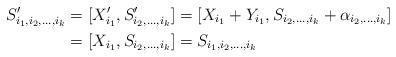
LaTeX: \begin{align*} S'_{i_1, i_2,\dots,i_k}&= [X'_{i_1}, S'_{i_2,\dots,i_k}] = [X_{i_1}+ Y_{i_1}, S_{i_2,\dots,i_k} + \alpha_{i_2,\dots,i_k}]\\ & = [X_{i_1}, S_{i_2,\dots,i_k} ]=S_{i_1, i_2,\dots,i_k} \end{align*}